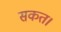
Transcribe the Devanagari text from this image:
सकत।